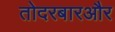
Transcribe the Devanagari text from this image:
तोदरबारऔर